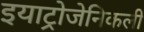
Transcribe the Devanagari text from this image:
इयाट्रोजेनिकली